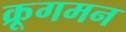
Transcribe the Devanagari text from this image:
क्रूगमन